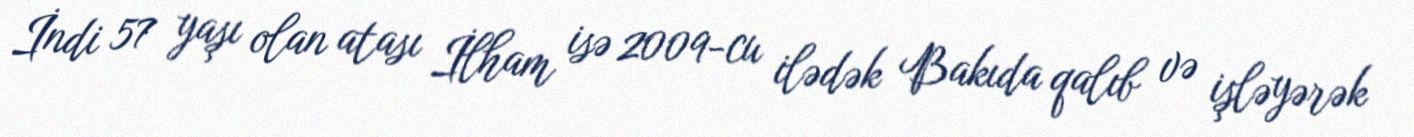
İndi 57 yaşı olan atası İlham isə 2009-cu ilədək Bakıda qalıb və işləyərək